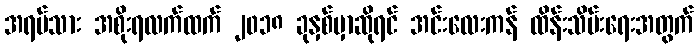
အရပ်သား အစိုးရလက်ထက် ၂၀၁၈ ခုနှစ်မှာဆိုရင် အင်းလေးကန် ထိန်းသိမ်းရေးအတွက်